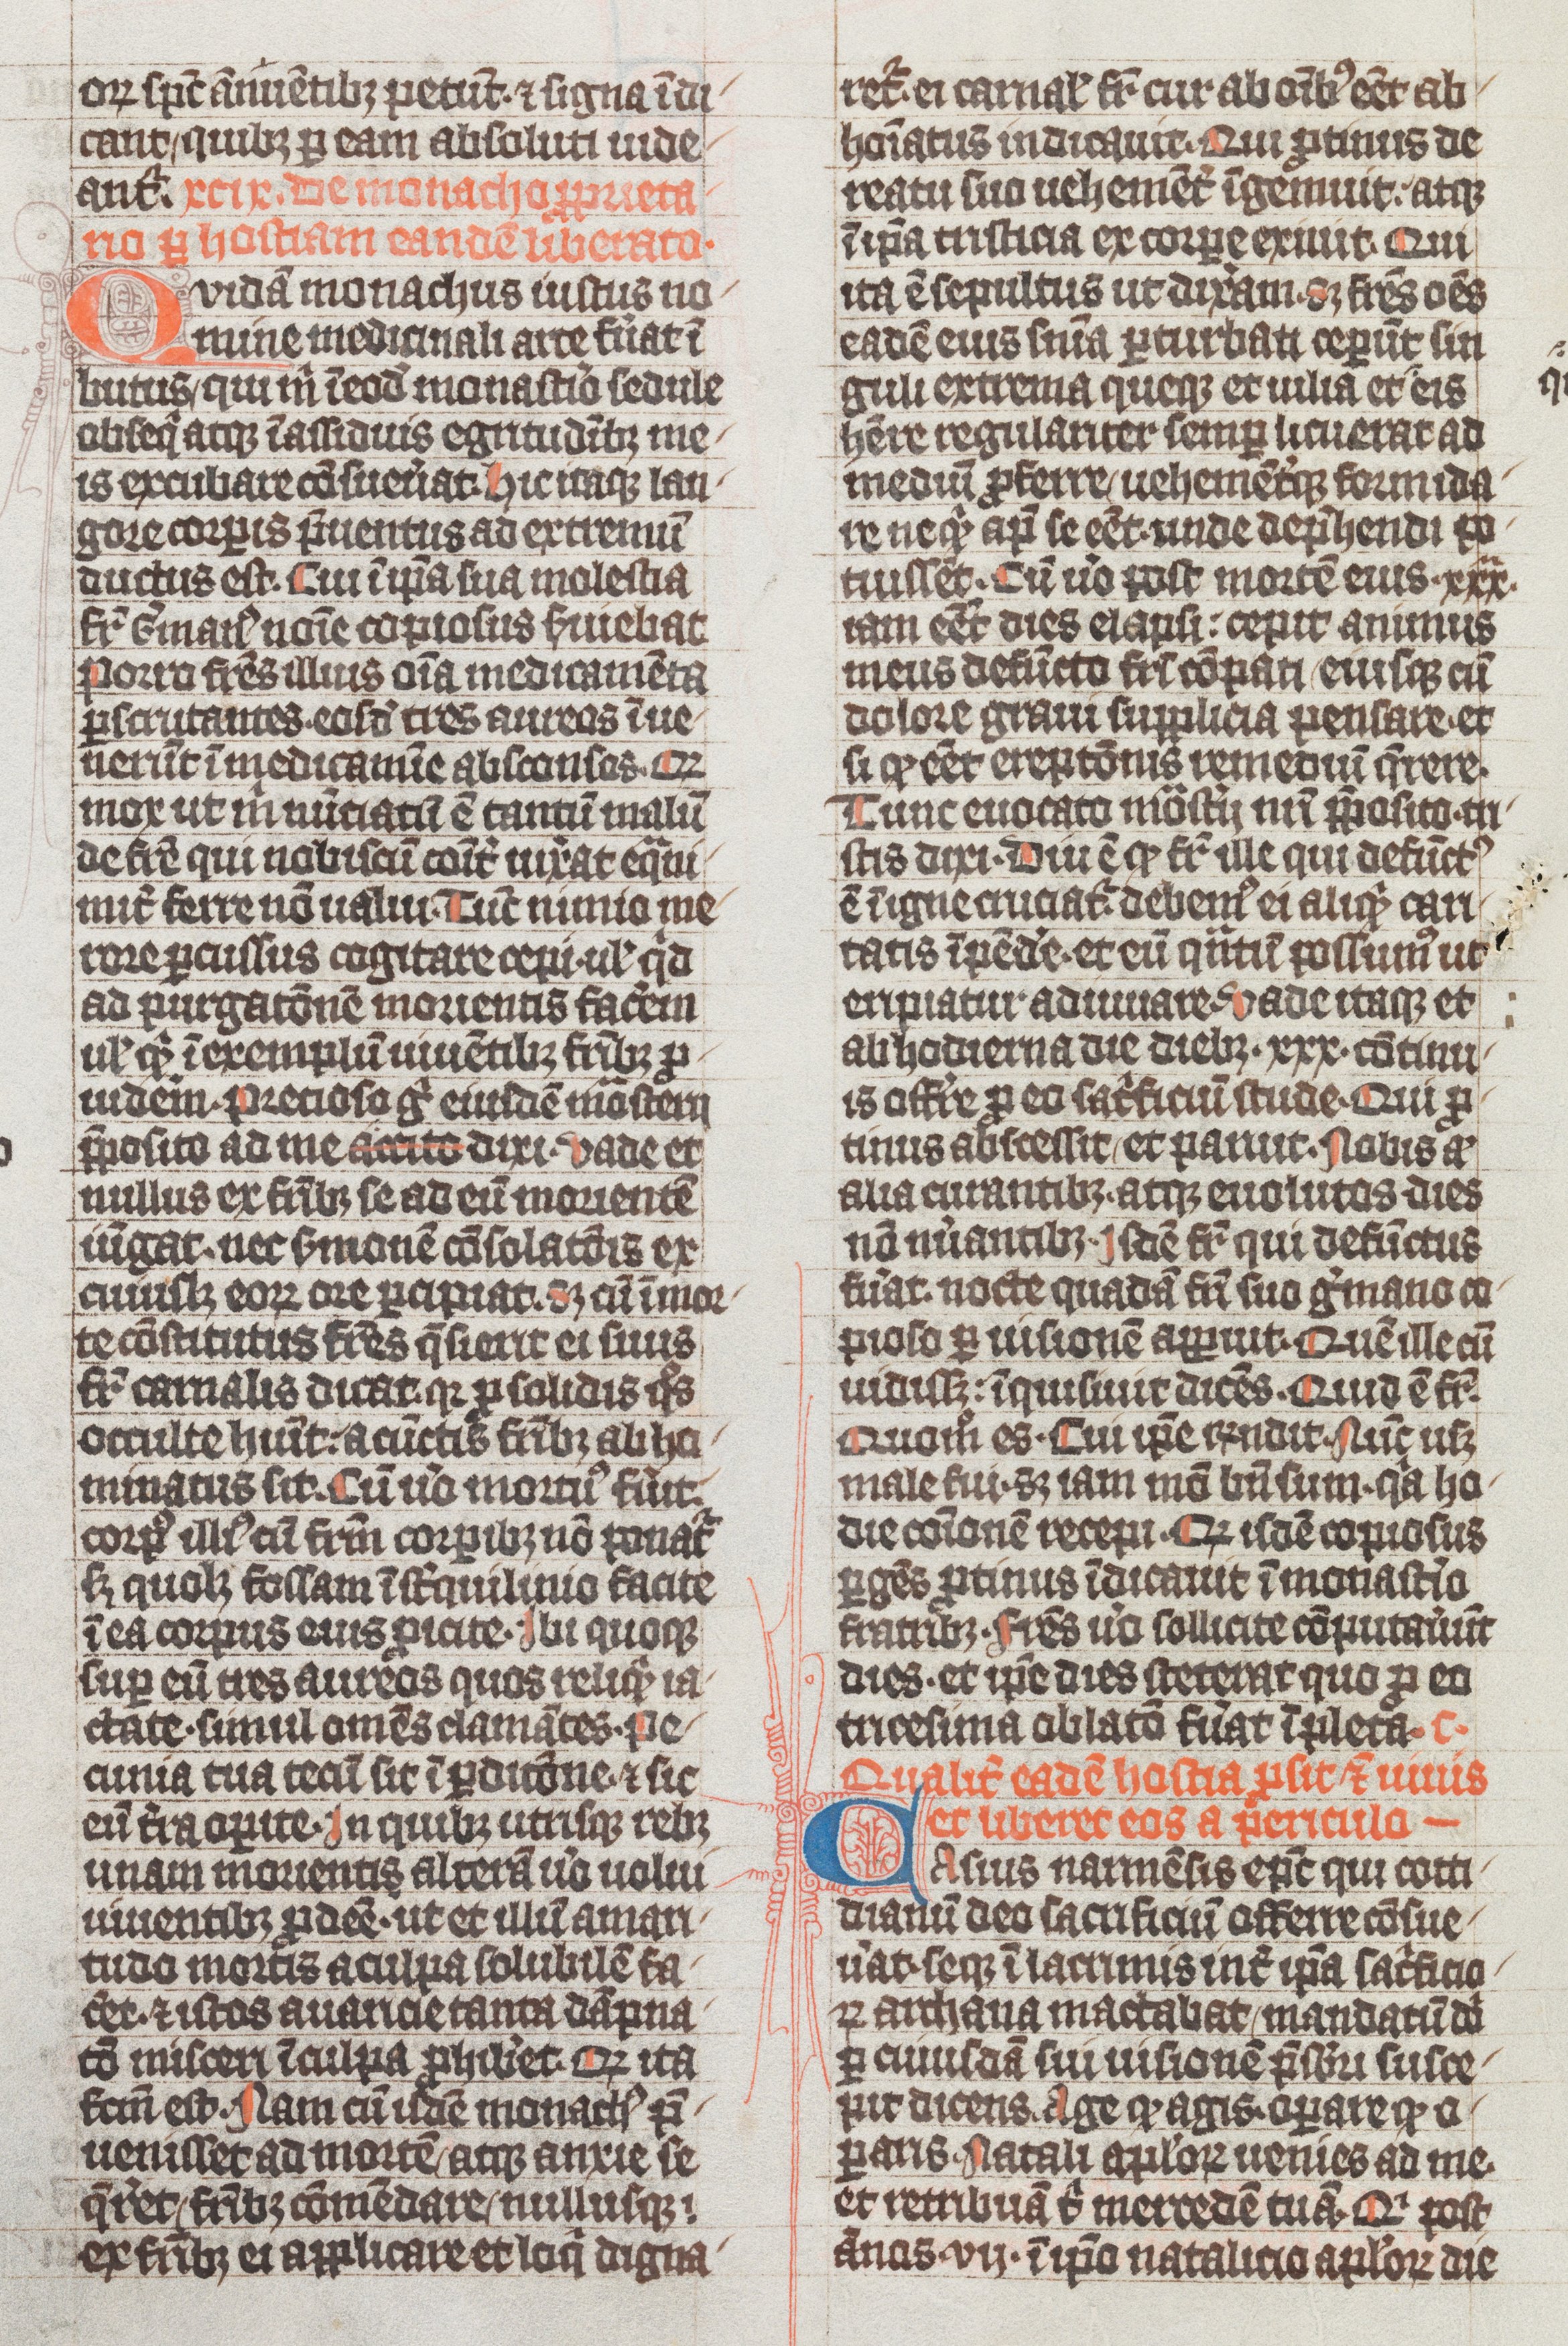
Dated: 1338–1340